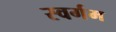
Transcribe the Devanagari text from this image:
स्वर्गम